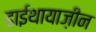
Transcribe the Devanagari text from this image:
डाईथायाज़ीन